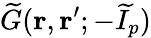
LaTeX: \widetilde{G}(\mathbf{r},\mathbf{r}^{\prime};{-}\widetilde{I}_{p})